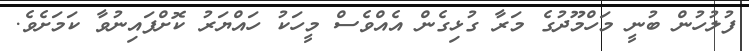
ފުލުހުން ބުނީ މަހްމޫދުގެ މަރާ ގުޅިގެން އެއްވެސް މީހަކު ހައްޔަރު ކޮށްފައިނުވާ ކަމަށެވެ.